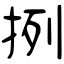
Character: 挒